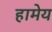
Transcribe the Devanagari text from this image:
हामेय